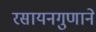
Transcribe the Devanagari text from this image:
रसायनगुणाने